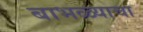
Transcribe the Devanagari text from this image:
बाभळ्याचा